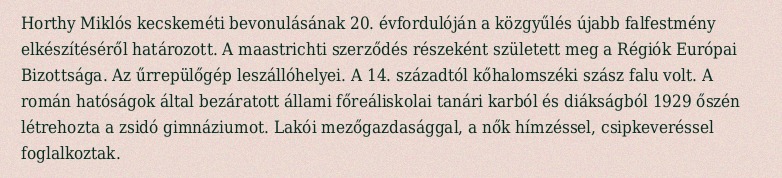
Horthy Miklós kecskeméti bevonulásának 20. évfordulóján a közgyűlés újabb falfestmény elkészítéséről határozott. A maastrichti szerződés részeként született meg a Régiók Európai Bizottsága. Az űrrepülőgép leszállóhelyei. A 14. századtól kőhalomszéki szász falu volt. A román hatóságok által bezáratott állami főreáliskolai tanári karból és diákságból 1929 őszén létrehozta a zsidó gimnáziumot. Lakói mezőgazdasággal, a nők hímzéssel, csipkeveréssel foglalkoztak.